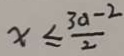
x \leq \frac { 3 a - 2 } { 2 }